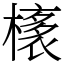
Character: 橠